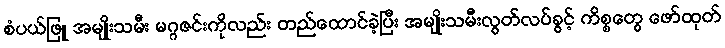
စံပယ်ဖြူ အမျိုးသမီး မဂ္ဂဇင်းကိုလည်း တည်ထောင်ခဲ့ပြီး အမျိုးသမီးလွတ်လပ်ခွင့် ကိစ္စတွေ ဖော်ထုတ်